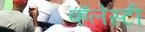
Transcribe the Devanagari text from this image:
व्हॅलेस्टी